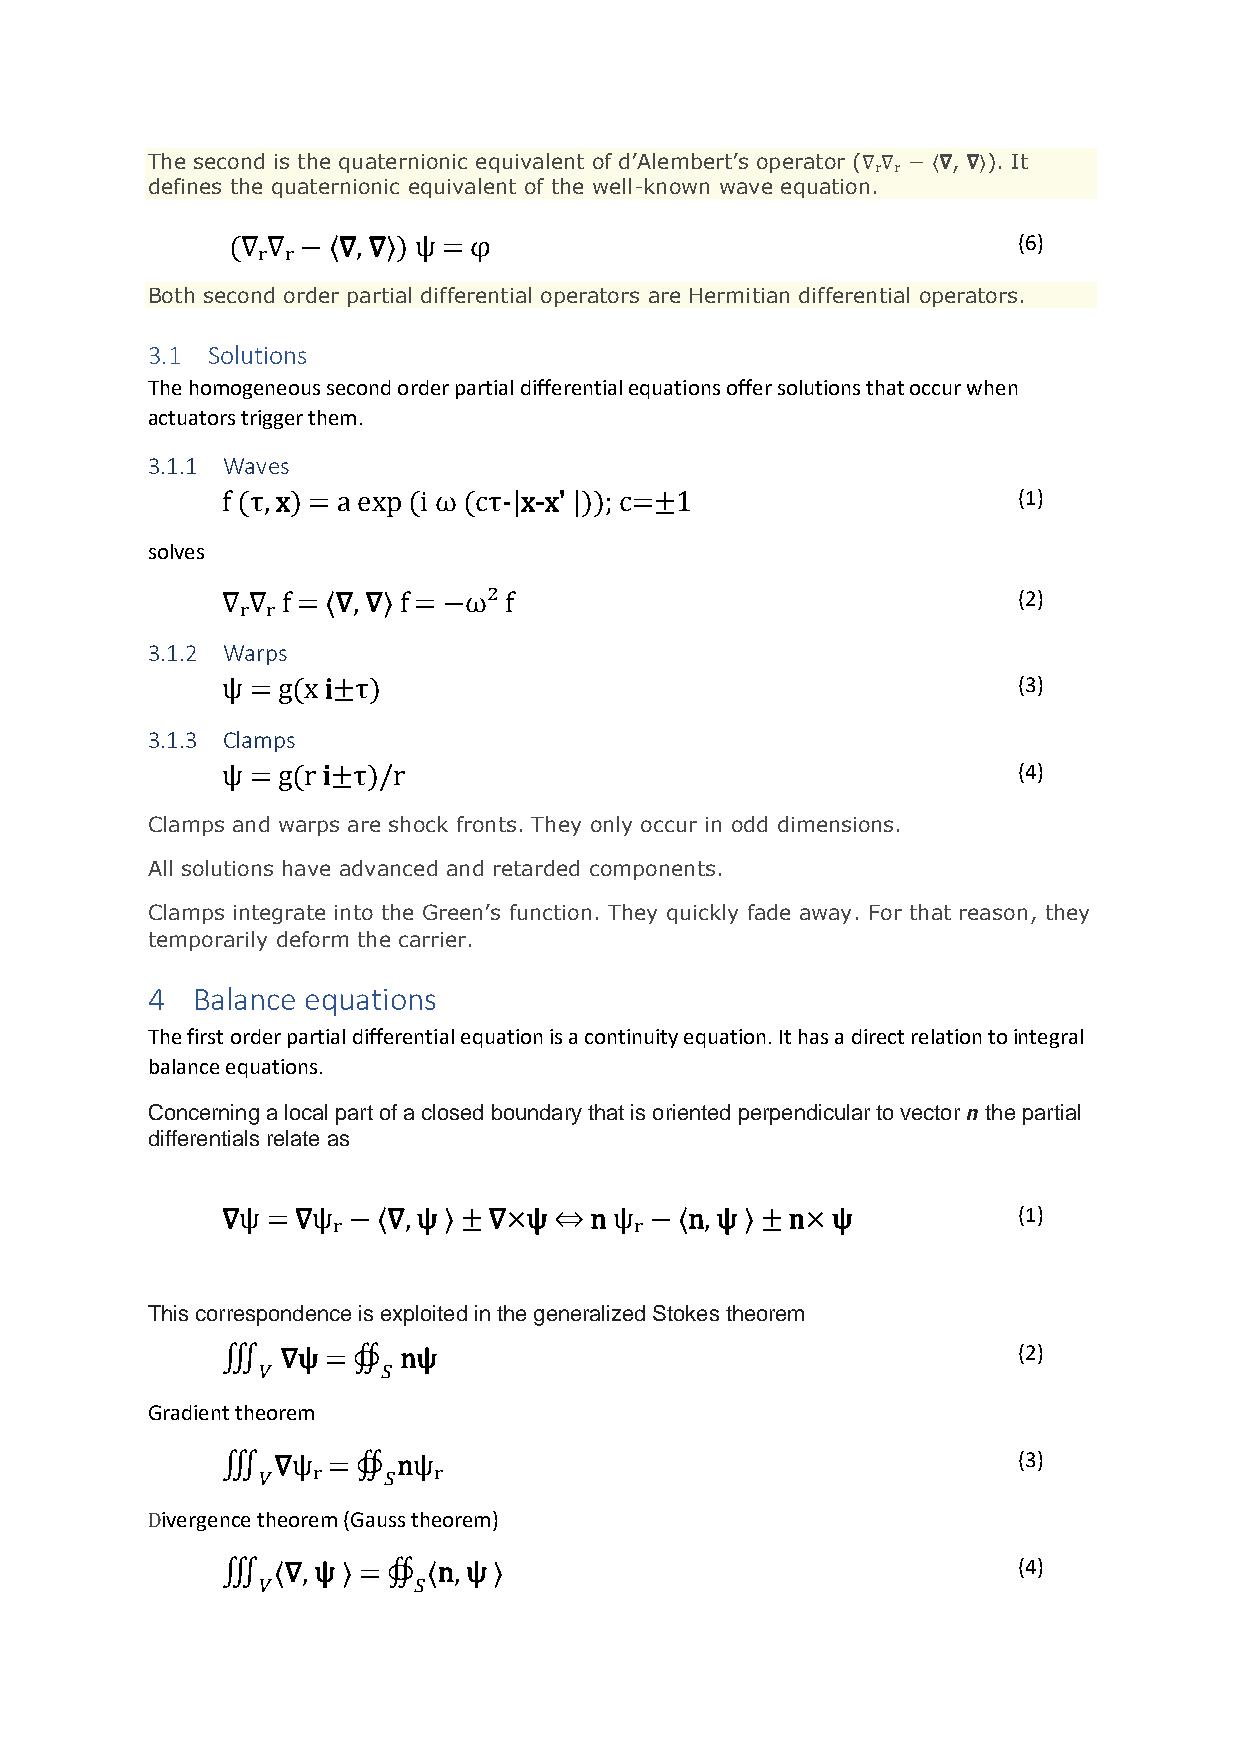
The second is the quaternionic equivalent of d’Alembert’s operator (∇ᵣ∇ᵣ − 〈∇, ∇〉). It
 defines the quaternionic equivalent of the well-known wave equation.
 (∇ᵣ∇ᵣ − 〈∇, ∇〉) ψ = φ                               (6)
 Both second order partial differential operators are Hermitian differential operators.
 3.1 Solutions
 The homogeneous second order partial differential equations offer solutions that occur when
 actuators trigger them.
 3.1.1 Waves
 f (τ, x) = a exp (i ω (cτ-|x-x' |)); c=±1           (1)
 solves
 ∇ᵣ∇ᵣ f = 〈∇, ∇〉 f = −ω² f                           (2)
 3.1.2 Warps
 ψ = g(x i±τ)                                        (3)
 3.1.3 Clamps
 ψ = g(r i±τ)/r                                      (4)
 Clamps and warps are shock fronts. They only occur in odd dimensions.
 All solutions have advanced and retarded components.
 Clamps integrate into the Green’s function. They quickly fade away. For that reason, they
 temporarily deform the carrier.
 4  Balance equations
 The first order partial differential equation is a continuity equation. It has a direct relation to integral
 balance equations.
 Concerning a local part of a closed boundary that is oriented perpendicular to vector 𝙣 the partial
 differentials relate as
 ∇ψ = ∇ψᵣ − 〈∇, ψ 〉 ± ∇×ψ ⇔ n ψᵣ − 〈n, ψ 〉 ± n× ψ    (1)
 This correspondence is exploited in the generalized Stokes theorem
 ∭   ∇ψ = ∯ nψ                                       (2)
 𝑉       𝑆
 Gradient theorem
 ∭  ∇ψᵣ = ∯ nψᵣ                                      (3)
 𝑉       𝑆
 Divergence theorem (Gauss theorem)
 ∭  〈∇, ψ 〉 = ∯ 〈n, ψ 〉                              (4)
 𝑉         𝑆